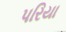
પરિયા